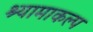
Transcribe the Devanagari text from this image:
श्यामाकल्प